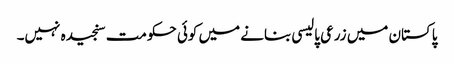
پاکستان میں زرعی پالیسی بنانے میں کوئی حکومت سنجیدہ نہیں۔